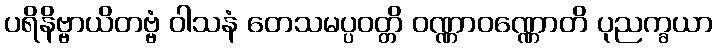
ပရိနိဗ္ဗာယိတဗ္ဗံ ဝါသနံ တေသမပ္ပဝတ္တိ ဝဏ္ဏာဝဏ္ဏောတိ ပုညက္ခယာ